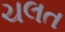
ચલત